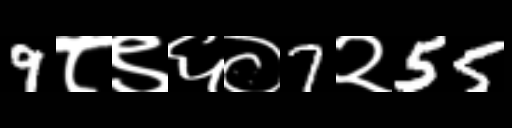
Text: 9८९६०7२55